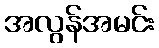
အလွန်အမင်း